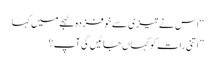
‘ ‘ اس نے تیزی سے خوفزدہ لہجے میں کہا
” اتنی رات کو کہاں جائیں گی آپ؟